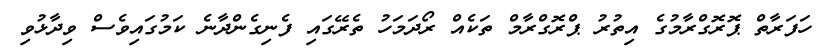
ހަފަރާތް ޕޮރޮގްރާމުގެ އިތުރު ޕްރޮގްރާމް ތަކެއް ރޯދަމަހު ތެރޭގައި ފެނިގެންދާނެ ކަމުގައިވެސް ވިދާޅުވި